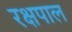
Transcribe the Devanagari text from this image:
रक्षपाल